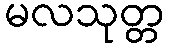
မလသုတ္တ